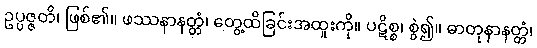
ဥပ္ပဇ္ဇတိ၊ ဖြစ်၏။ ဖဿနာနတ္တံ၊ တွေ့ထိခြင်းအထူးကို။ ပဋိစ္စ၊ စွဲ၍။ ဓာတုနာနတ္တံ၊